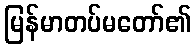
မြန်မာတပ်မတော်၏